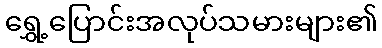
ရွှေ့ပြောင်းအလုပ်သမားများ၏